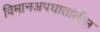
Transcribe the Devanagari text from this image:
विमानअपघातांतील